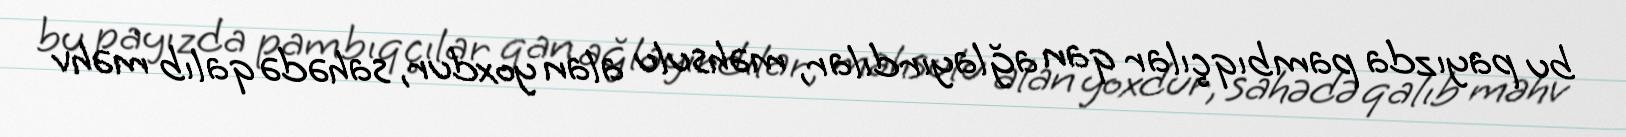
bu payızda pambıqçılar qan ağlayırdılar, məhsulu alan yoxdur, sahədə qalıb məhv